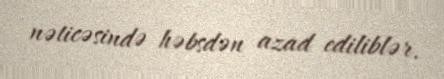
nəticəsində həbsdən azad ediliblər.